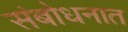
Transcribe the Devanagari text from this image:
संबोधनात